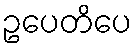
ဥပေတိပေ